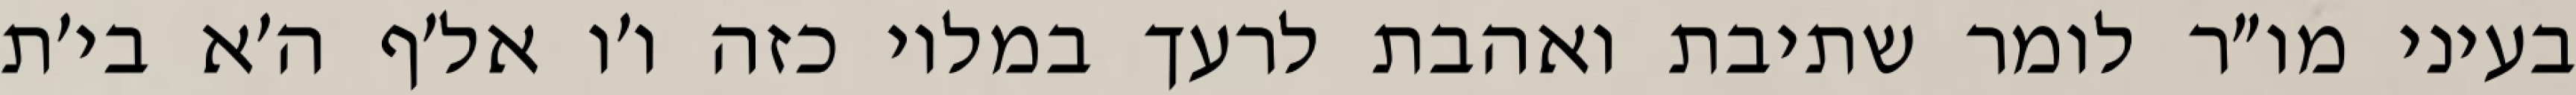
בעיני מו״ר לומר שתיבת ואהבת לרעך במלוי כזה ו׳ו אל׳ף ה׳א בי׳ת